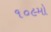
૧૦૯મો